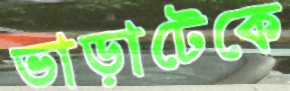
ভাড়াটেকে